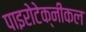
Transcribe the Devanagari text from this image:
पाइरोटेक्नीकल